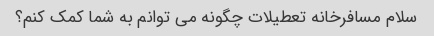
سلام مسافرخانه تعطیلات چگونه می توانم به شما کمک کنم؟